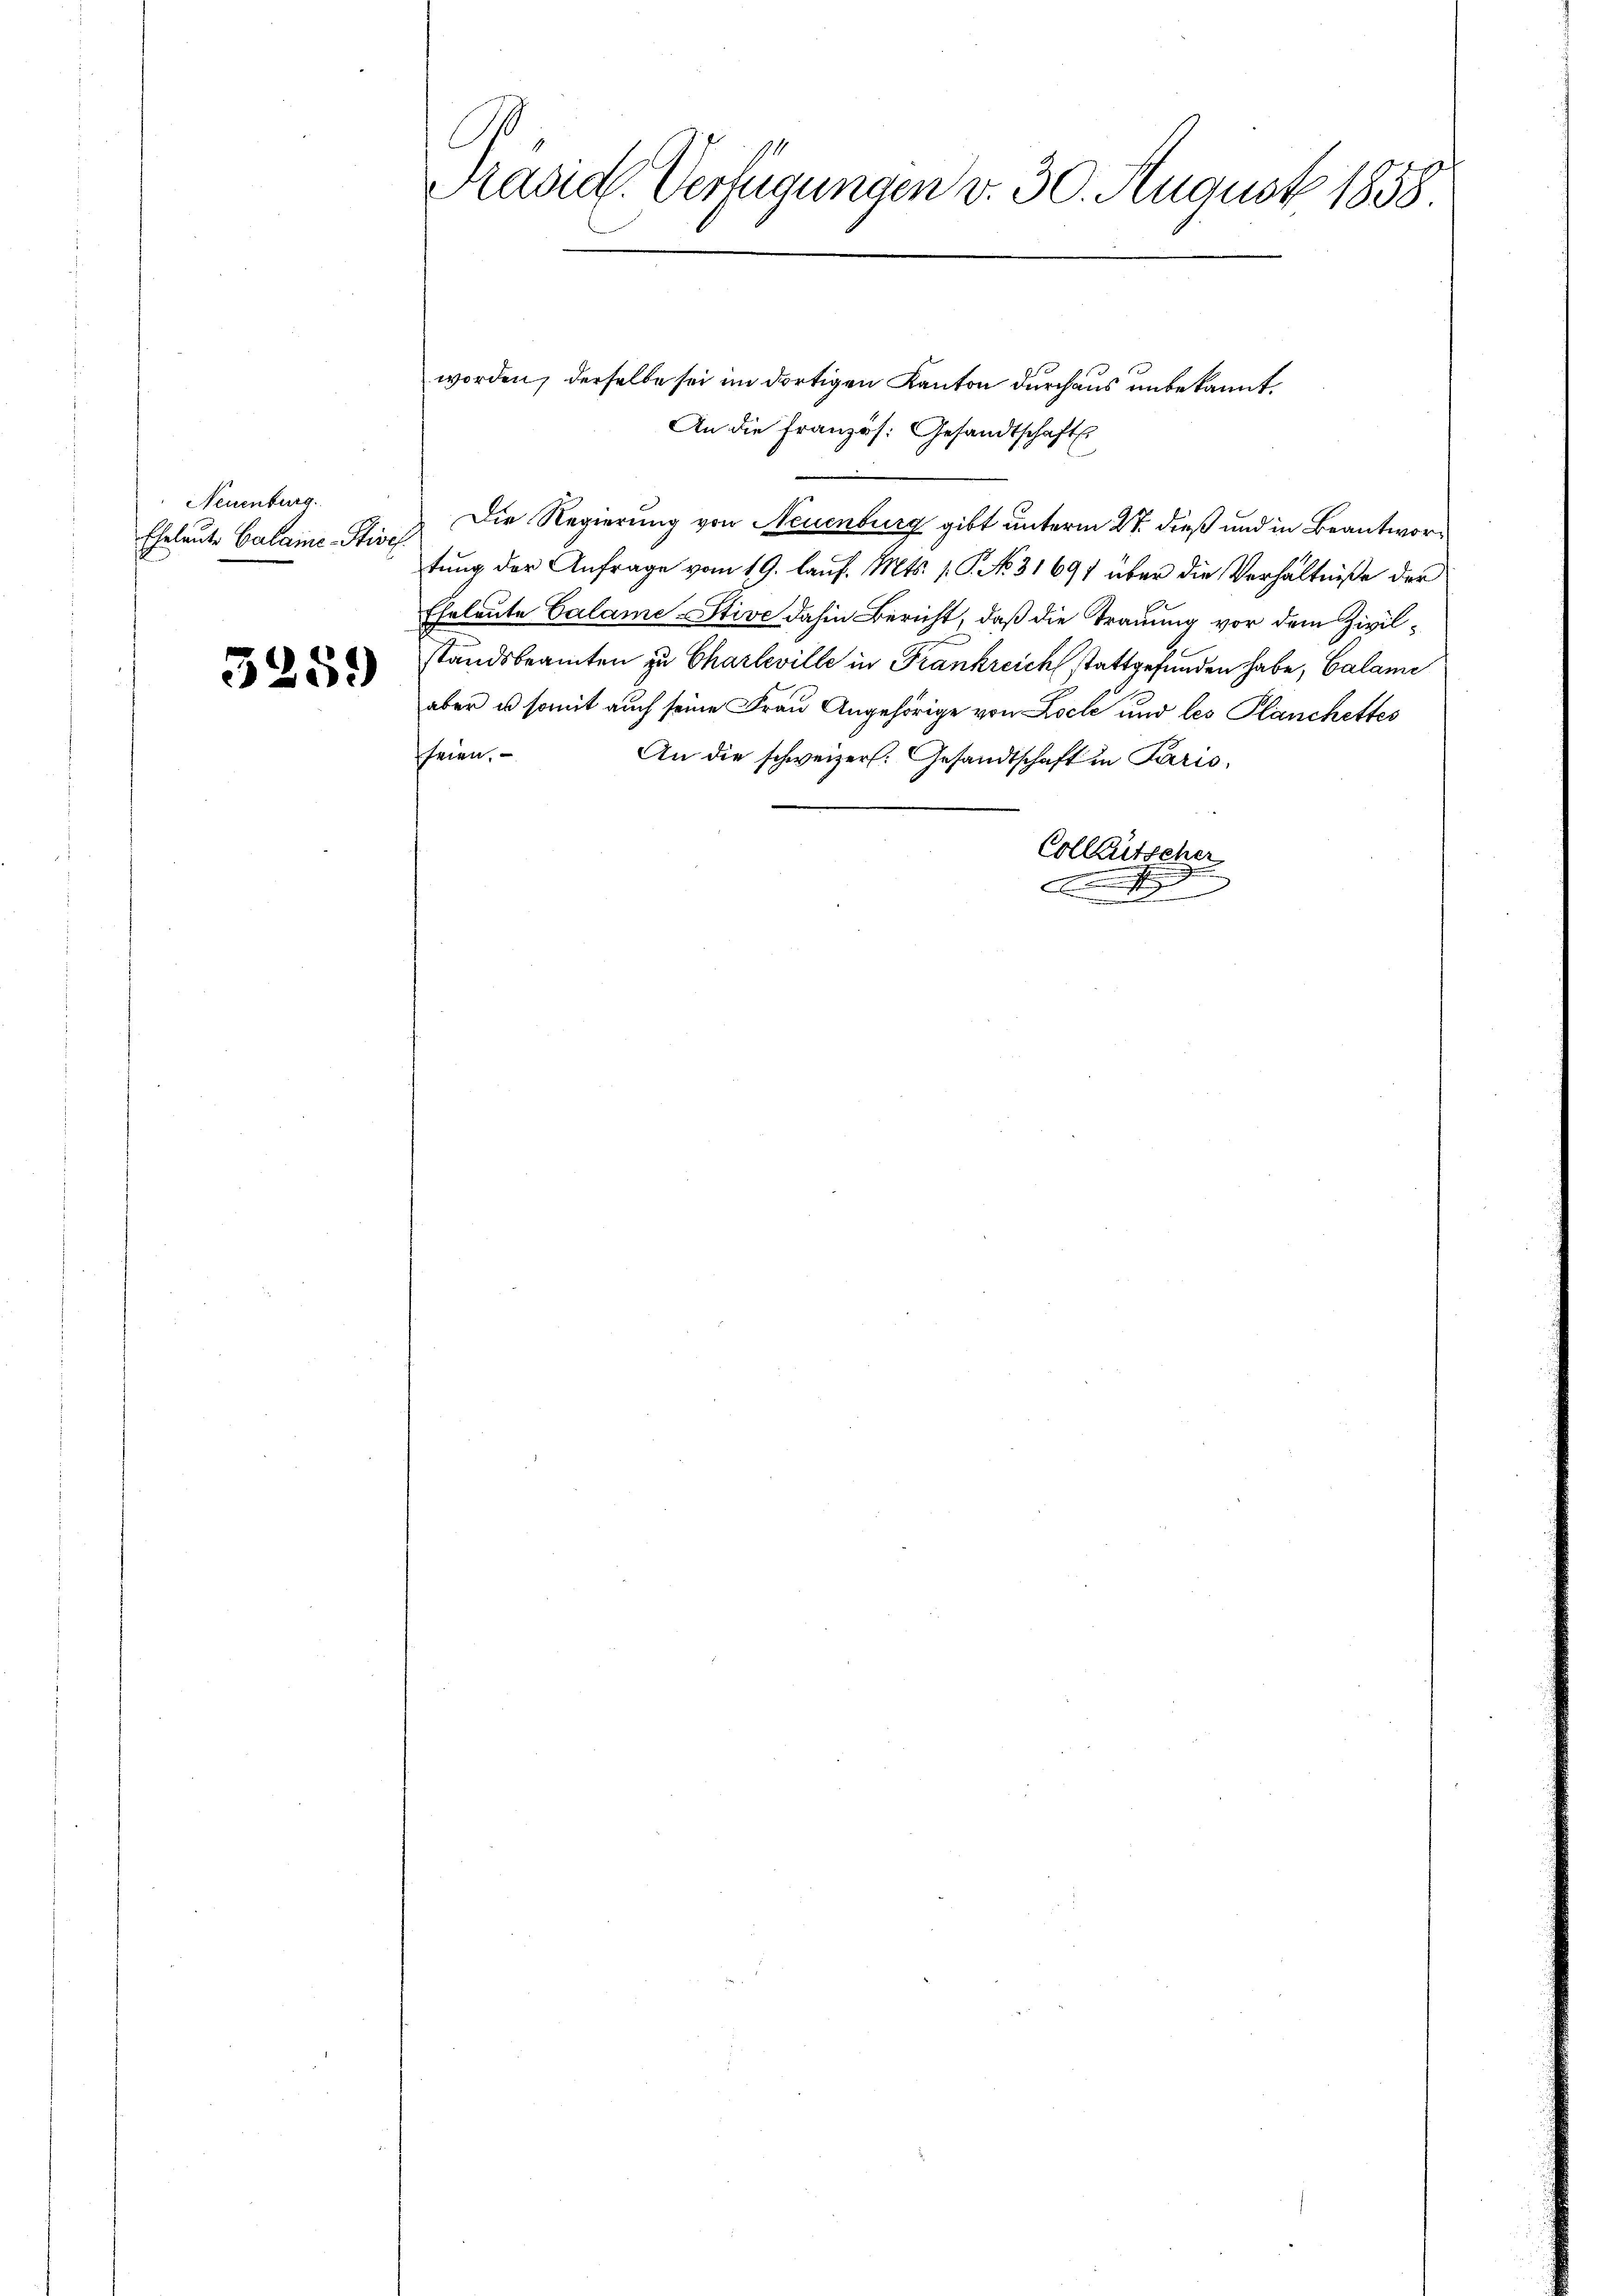
Neuenburg.
Eheleute Calame-Stisch

5259)

worden, derselbe sei im dortigen Kanton durchaus unbekannt,
An die Französ. Gesandtschaft
Die Regierung von Neuenburg gibt unterm 27. dieß und in Beantwortung der Anfrage vom 19. Lauf. Mts. 1. P. No. 31691 über die Verhältniße der
Eheleute Calame-Stive dahin Bericht, daß die Trauung vor dem Zivilstandsbeamten zu Charleville in Frankreich stattgefunden habe, Calame
aber es somit auch seine Frau Angehörige von Loche und les Planchettes
fheien,
An die schweizers. Gesandtschaft in Paris,
Colleutscher
F

C
Präsid. Verfügungen v. 30. August 1858